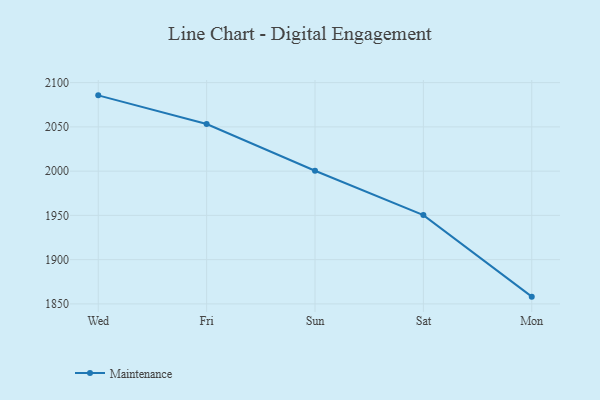
{"axis": {"x": "Day", "y": "Operating Costs (USD K)"}, "legend": ["Maintenance"], "data": [{"x": "Wed", "y": 2085.6, "type": "Maintenance"}, {"x": "Fri", "y": 2053.2, "type": "Maintenance"}, {"x": "Sun", "y": 2000.4, "type": "Maintenance"}, {"x": "Sat", "y": 1950.3, "type": "Maintenance"}, {"x": "Mon", "y": 1858.2, "type": "Maintenance"}]}